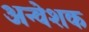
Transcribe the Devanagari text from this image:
अन्वेशक